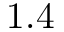
1 . 4